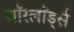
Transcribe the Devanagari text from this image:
वाॅरलाॅर्ड्स